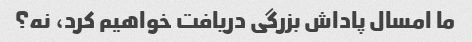
ما امسال پاداش بزرگی دریافت خواهیم کرد، نه؟